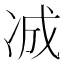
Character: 𪞞